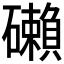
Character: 𥗓